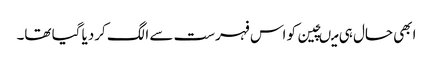
ابھی حال ہی میںچین کو اس فہرست سے الگ کردیا گیا تھا۔